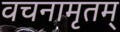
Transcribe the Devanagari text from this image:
वचनामृतम्